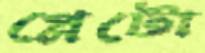
প্লেটো